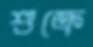
শুক্রে